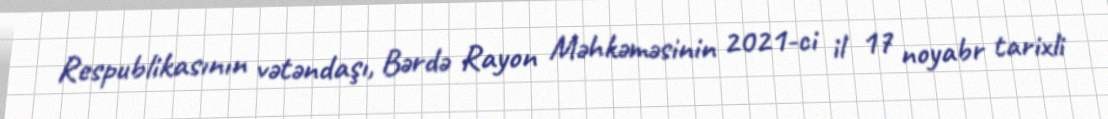
Respublikasının vətəndaşı, Bərdə Rayon Məhkəməsinin 2021-ci il 17 noyabr tarixli